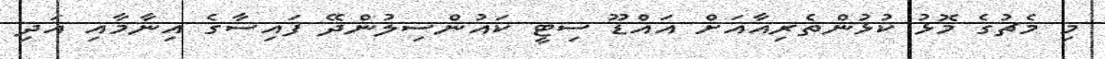
މި މެޗުގެ މޮޅު ކުޅުންތެރިއާއަށް އައްޑޫ ސިޓީ ކައުންސިލުންދޭ ފައިސާގެ އިނާމާއި އަދި